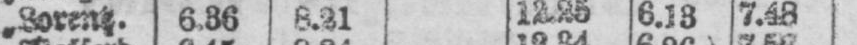
„ Lorentz. 6.36 8.21 12.25 6.13 7.48